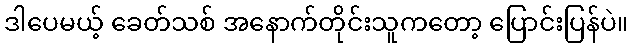
ဒါပေမယ့် ခေတ်သစ် အနောက်တိုင်းသူကတော့ ပြောင်းပြန်ပဲ။